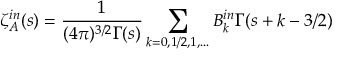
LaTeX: \zeta _ { A } ^ { i n } ( s ) = \frac { 1 } { ( 4 \pi ) ^ { 3 / 2 } \Gamma ( s ) } \sum _ { k = 0 , 1 / 2 , 1 , . . . } B _ { k } ^ { i n } \Gamma ( s + k - 3 / 2 )